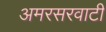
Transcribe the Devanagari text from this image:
अमरसरवाटी